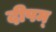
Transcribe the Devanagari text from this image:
दीपम्